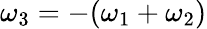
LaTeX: \omega_{3}=-(\omega_{1}+\omega_{2})